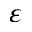
\varepsilon